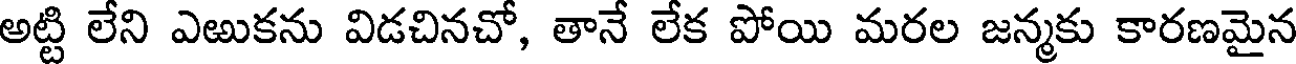
అట్టి లేని ఎఱుకను విడచినచో, తానే లేక పోయి మరల జన్మకు కారణమైన